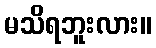
မသိရဘူးလား။